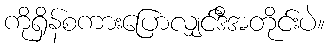
ကိုရှိန်စကားပြောလျှင်ဒီအတိုင်းပဲ။